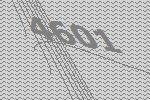
4601